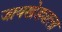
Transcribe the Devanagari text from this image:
जायखेड्याला